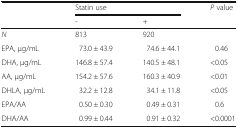
<table><thead><tr><td rowspan="2"></td><td colspan="2"><b>Statin use</b></td><td><b><i>P</i> value</b></td></tr><tr><td><b>-</b></td><td><b>+</b></td><td></td></tr></thead><tbody><tr><td><i>N</i></td><td>813</td><td>920</td><td></td></tr><tr><td>EPA, μg/mL</td><td>73.0 ± 43.9</td><td>74.6 ± 44.1</td><td>0.46</td></tr><tr><td>DHA, μg/mL</td><td>146.8 ± 57.4</td><td>140.5 ± 48.1</td><td>&lt;0.05</td></tr><tr><td>AA, μg/mL</td><td>154.2 ± 57.6</td><td>160.3 ± 40.9</td><td>&lt;0.01</td></tr><tr><td>DHLA, μg/mL</td><td>32.2 ± 12.8</td><td>34.1 ± 11.8</td><td>&lt;0.05</td></tr><tr><td>EPA/AA</td><td>0.50 ± 0.30</td><td>0.49 ± 0.31</td><td>0.6</td></tr><tr><td>DHA/AA</td><td>0.99 ± 0.44</td><td>0.91 ± 0.32</td><td>&lt;0.0001</td></tr></tbody></table>